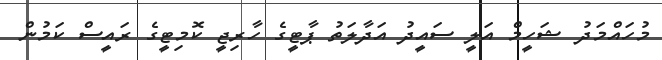
މުހައްމަދު ޝަހީމް އަލީ ސައީދު އަދާލަތު ޕާޓީގެ ހާރިޖީ ކޮމިޓީގެ ރައީސް ކަމުން